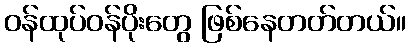
ဝန်ထုပ်ဝန်ပိုးတွေ ဖြစ်နေတတ်တယ်။